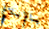
بالإبلاغ